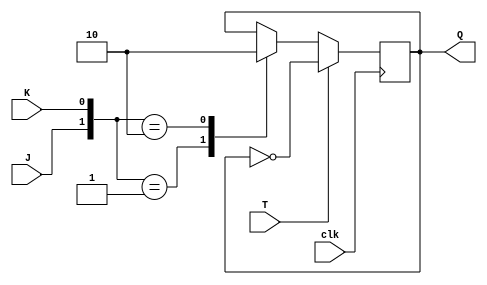
module t_ff_jk (input T, input J, input K, input clk, output reg Q);

always @(posedge clk) begin
    if (T) begin
        Q <= ~Q;
    end else begin
        case ({J, K})
            2'b00: Q <= Q;
            2'b01: Q <= 1;
            2'b10: Q <= 0;
        endcase
    end
end

endmodule